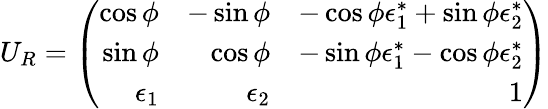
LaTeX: U_{R}=\left(\begin{array}{rrr}{{\cos\phi}}&{{-\sin\phi}}&{{-\cos\phi\epsilon_{1}^{*}+\sin\phi\epsilon_{2}^{*}}}\\ {{\sin\phi}}&{{\cos\phi}}&{{-\sin\phi\epsilon_{1}^{*}-\cos\phi\epsilon_{2}^{*}}}\\ {{\epsilon_{1}}}&{{\epsilon_{2}}}&{{1}}\end{array}\right)